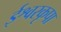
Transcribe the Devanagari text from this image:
ईश्वरकृपा